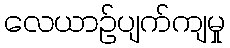
လေယာဉ်ပျက်ကျမှု